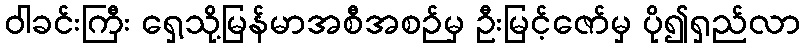
ဝါခင်းကြီး ရှေ့သို့မြန်မာအစီအစဉ်မှ ဦးမြင့်ဇော်မှ ပို၍ရှည်လာ